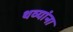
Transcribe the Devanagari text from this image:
थव्यांना